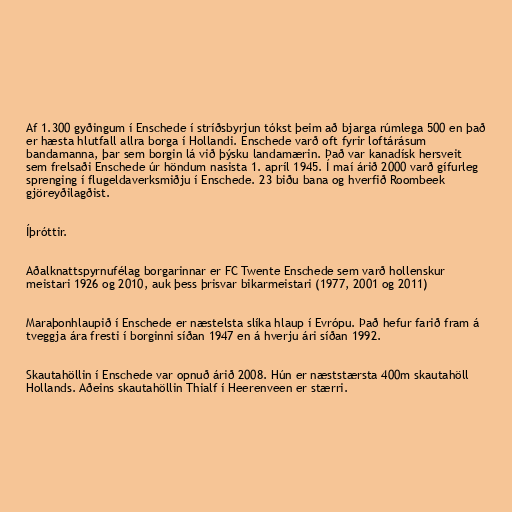
Af 1.300 gyðingum í Enschede í stríðsbyrjun tókst þeim að bjarga rúmlega 500 en það
er hæsta hlutfall allra borga í Hollandi. Enschede varð oft fyrir loftárásum
bandamanna, þar sem borgin lá við þýsku landamærin. Það var kanadísk hersveit
sem frelsaði Enschede úr höndum nasista 1. apríl 1945. Í maí árið 2000 varð gífurleg
sprenging í flugeldaverksmiðju í Enschede. 23 biðu bana og hverfið Roombeek
gjöreyðilagðist.

Íþróttir.

Aðalknattspyrnufélag borgarinnar er FC Twente Enschede sem varð hollenskur
meistari 1926 og 2010, auk þess þrisvar bikarmeistari (1977, 2001 og 2011)

Maraþonhlaupið í Enschede er næstelsta slíka hlaup í Evrópu. Það hefur farið fram á
tveggja ára fresti í borginni síðan 1947 en á hverju ári síðan 1992.

Skautahöllin í Enschede var opnuð árið 2008. Hún er næststærsta 400m skautahöll
Hollands. Aðeins skautahöllin Thialf í Heerenveen er stærri.